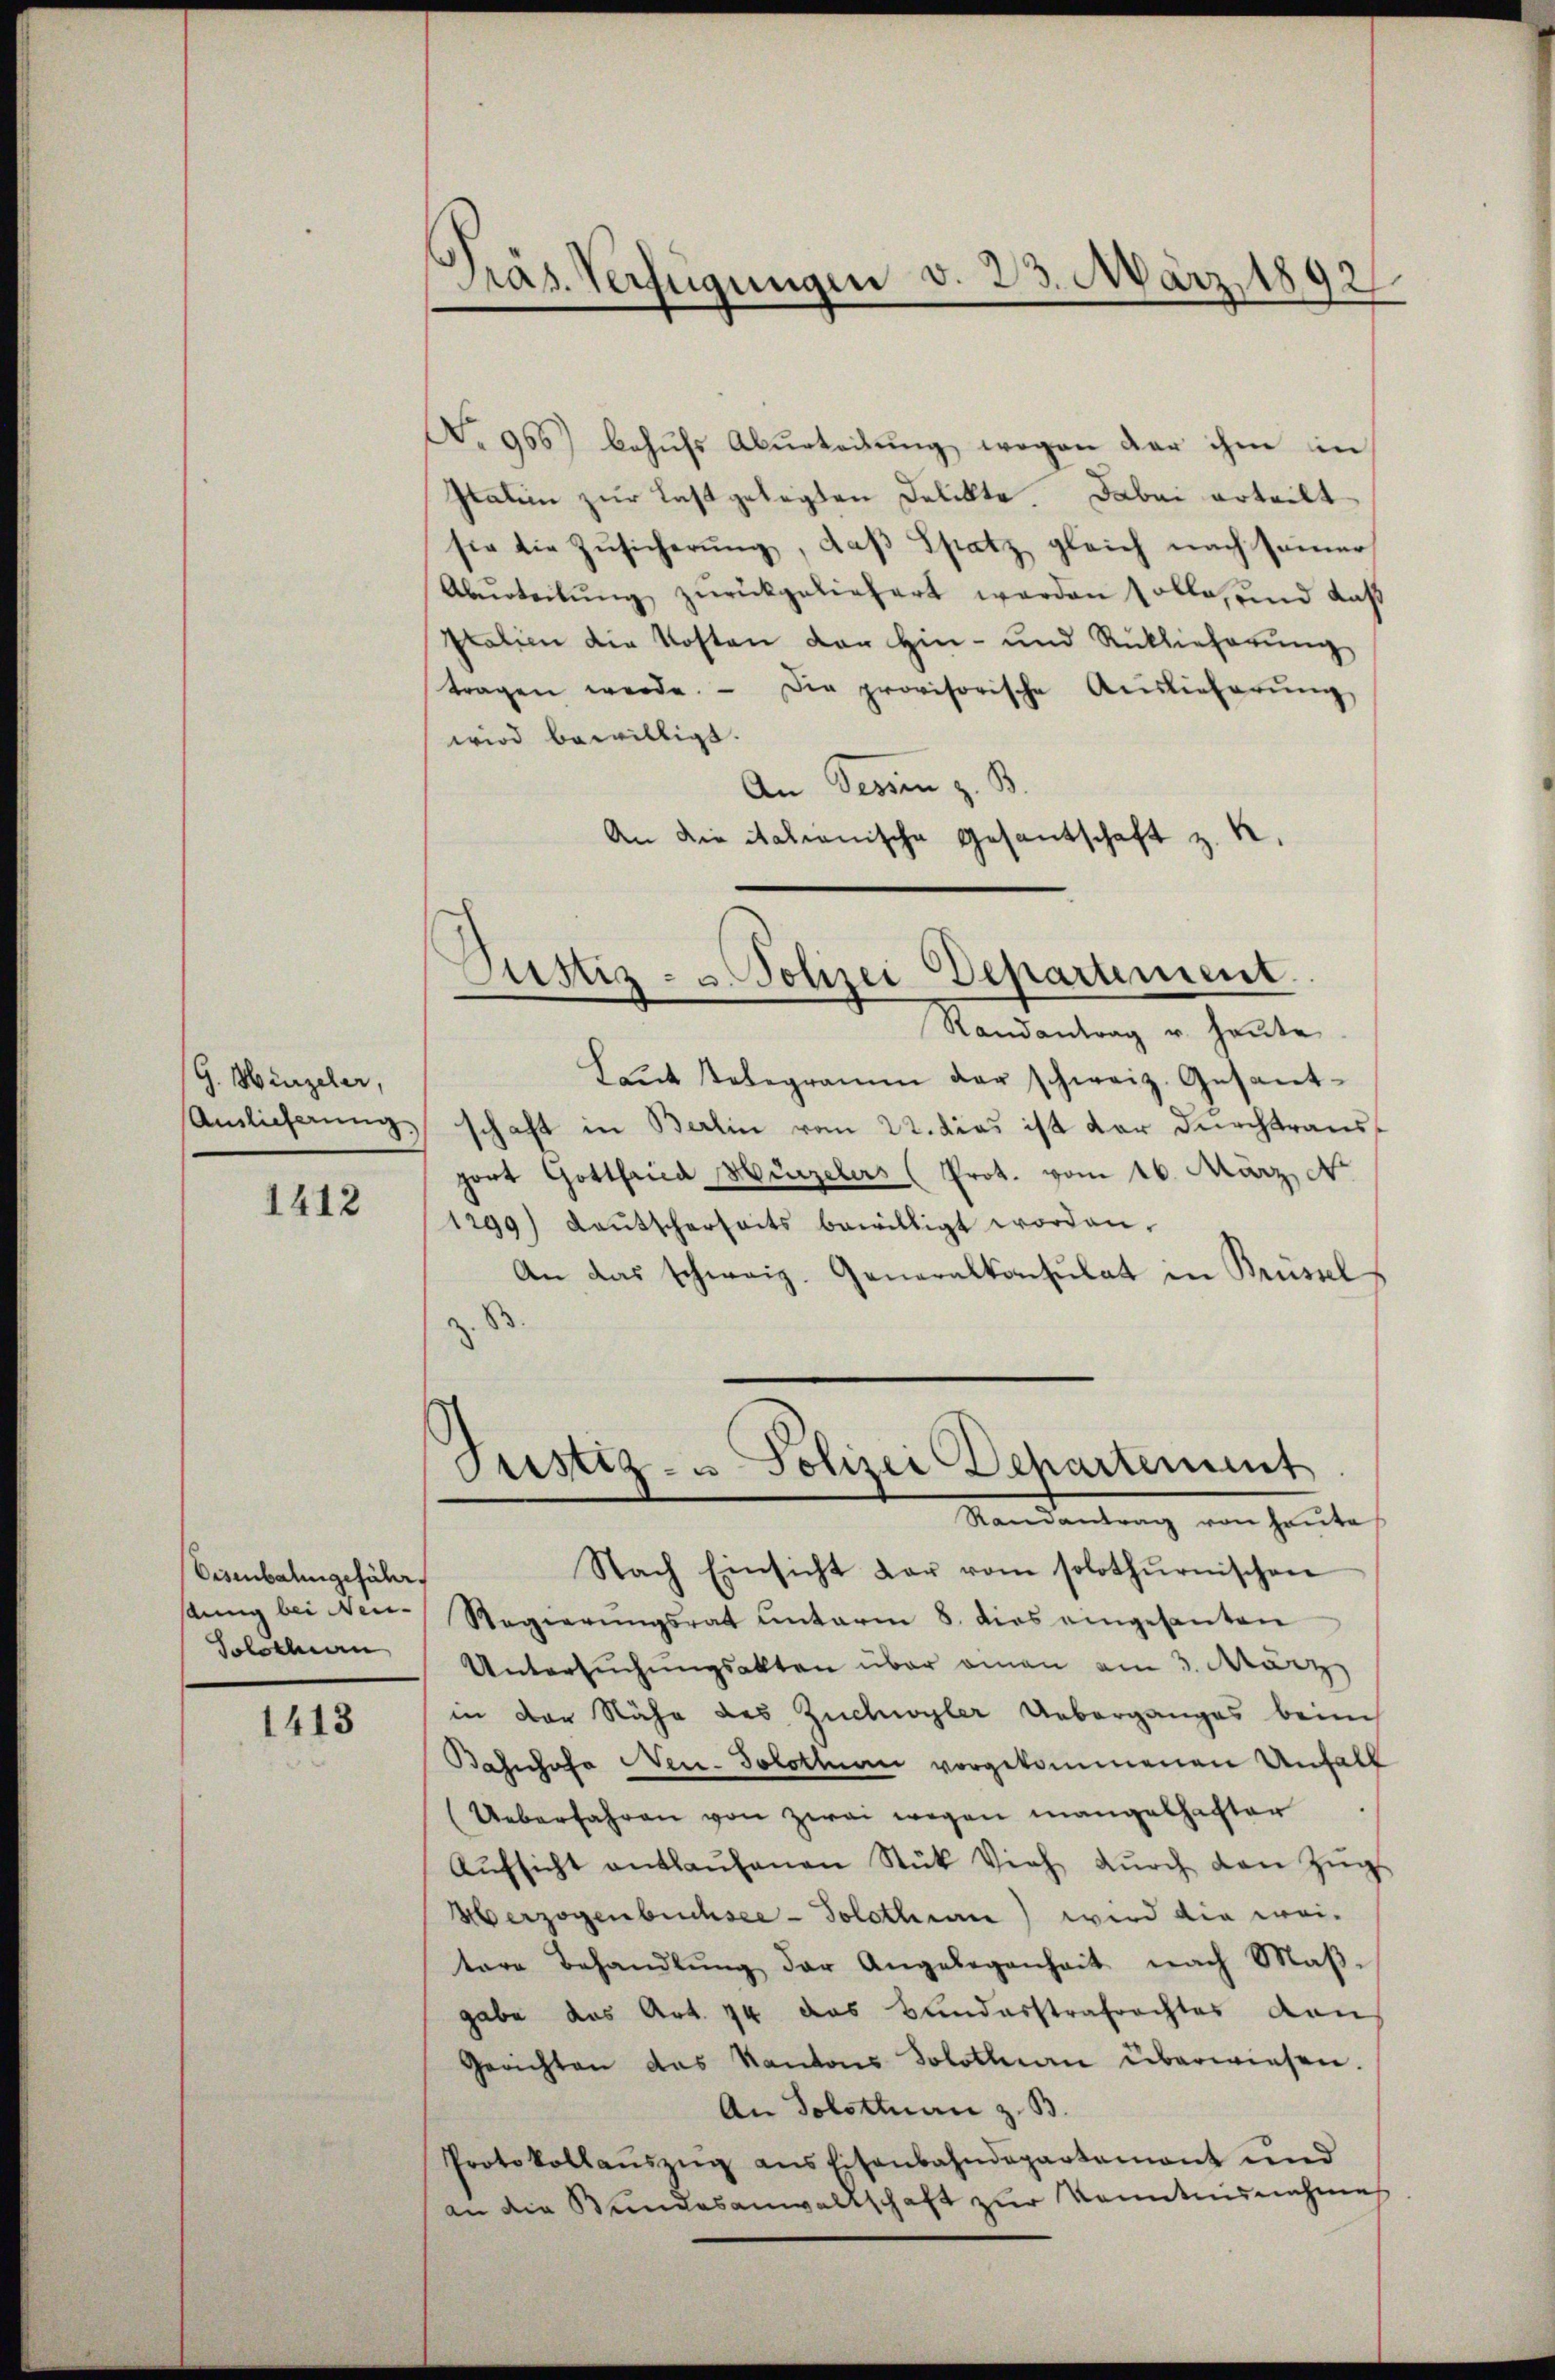
G. Hinzeler,

1412

Eisenbahngeführ
sänng bei Neu-
Solothurn

1413

Präs. Verfügungen v. 23. März 1892.

No 966) behŭfs Abŭrteilŭng, wegen der ihm in
Italien zur Last gelegten Delikte. Dabei erteilt
sie die Zŭsicherŭng, daβ Spatz gleich nach seiner
Abŭrteilŭng zŭrückgeliefert werden solle, und daß
Italien die Kosten der Hin- und Rücklieferung
tragen werde. - Die provisorische Auslieferŭng
wird bewilligt.
An Tessin z. B.
An die Nationische Gesantschaft z. K.

Randantrag u. heute
Laŭt Telegramm der schweiz. Gesant-
Amlicherung, schaft in Berlin vom 22. dies ist der durchtrausport Gottfried Hirzelers (Prot. vom 16. März, N
1299) daŭtscherheits bewilligt worden.
An das schweiz. Generalkonsulat in Brüssel

Justiz- u. Polizei Departement.

Justiz- u Polizei Departement
Mandantung von heute
Nach Einsicht dar vom solothurnischen

Regierŭngsrat unterm 8. dies eingesanten
Untersuchungsakten über einen am 3. März
in der Nähe des Zuchwyler Ueberganges beim
Basusofa Nen. Solothurn vorgekommenen Unhalt
(Ueberfahren von zwei wegen mangelhafter
Aŭfsicht entlaŭfenen Stük Vieh dŭrch den Zŭg
Üerzogenbüchsee - Solothin wird die weitare Behandlŭng der Angelegenheit nach Maβ-
gabe das Art. 44 das Bundarstrafrachtes von
Gerichten das Kantons Solothurn überwiesen.
An Solothurn z. B.
Protokollaŭszŭg ans Eisenbahndepartamant und
an die Bundesanwaltschaft zur Kenntnisnahmes